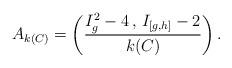
LaTeX: \begin{align*}A_{k(C)} = \left(\frac{I_g^2 - 4\, ,\, I_{[g, h]} - 2}{k(C)}\right).\end{align*}